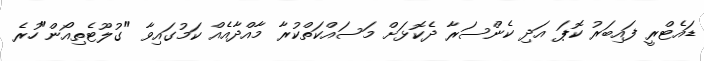
ޑައެޓްރީ ފައިބަރު ކޮޕަ އަދި ކެންސަރާ ދެކޮޅަށް މަސައްކަތްކުރާ މާއްދާއެއް ކަމުގައިވާ "ގުލޫޓެތިއޯން"ހުރެ